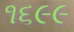
૧૬૯૯